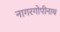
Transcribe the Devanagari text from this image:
नागरगोपीनाथ